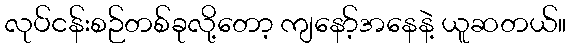
လုပ်ငန်းစဉ်တစ်ခုလို့တော့ ကျနော့်အနေနဲ့ ယူဆတယ်။